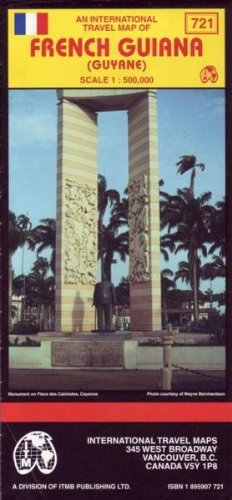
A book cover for French Guiana: Tourist Map (Overseas Series Maps); ITMB Canada; Travel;